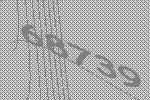
68739